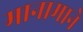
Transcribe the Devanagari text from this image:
मानामाने